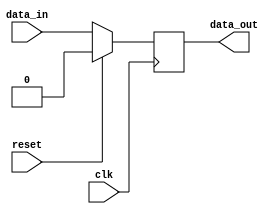
module synchronous_logic (
    input wire clk,
    input wire reset,
    input wire data_in,
    output reg data_out
);

// Define a D flip-flop using the always block with posedge clk
always @(posedge clk) begin
    if (reset) begin
        data_out <= 1'b0; // Reset the flip-flop
    end else begin
        data_out <= data_in; // Store the input data at the positive clock edge
    end
end

endmodule